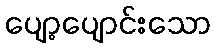
ပျော့ပျောင်းသော